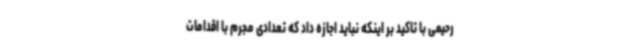
رحیمی با تاکید بر اینکه نباید اجازه داد که تعدادی مجرم با اقدامات